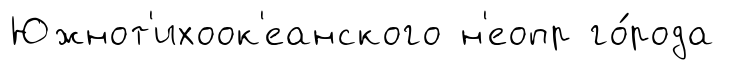
Южнот'ихоок'еанского н'еопр го́рода